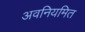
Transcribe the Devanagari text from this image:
अवनियमित